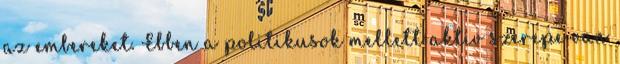
az embereket. Ebben a politikusok mellett aktív szerepe van